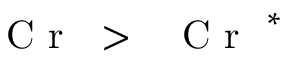
\mathrm { ~ \textit ~ { ~ C ~ r ~ } ~ } { } > \mathrm { ~ \textit ~ { ~ C ~ r ~ } ~ } ^ { * }